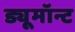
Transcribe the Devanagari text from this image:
ड्यूमॉन्ट